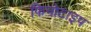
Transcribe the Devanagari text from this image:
फिनोटाइप